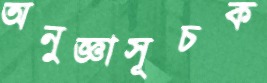
অনুজ্ঞাসূচক